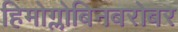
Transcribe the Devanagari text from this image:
हिमोग्लोबिनबरोबर